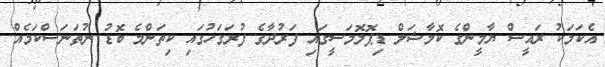
އެކަމަކު ރައީސް ޔާމީންގެ ކޮމާޝަލް ޑިޕޮލޮމަސީގައި ފަރުދާގެ ފުރަގަހުގައި ކިތަންމެ ބޮޑު ނުތަނަސްކަމެއް